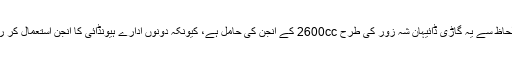
تکنیکی لحاظ سے یہ گاڑی ڈائیہان شہ زور کی طرح 2600cc کے انجن کی حامل ہے، کیونکہ دونوں ادارے ہیونڈائی کا انجن استعمال کر رہے ہیں۔